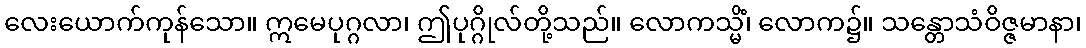
လေးယောက်ကုန်သော။ ဣမေပုဂ္ဂလာ၊ ဤပုဂ္ဂိုလ်တို့သည်။ လောကသ္မိံ၊ လောက၌။ သန္တောသံဝိဇ္ဇမာနာ၊